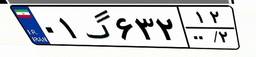
۰۱گ۶۳۲۱۲